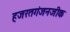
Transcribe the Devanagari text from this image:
हजरतगंजनजीक